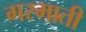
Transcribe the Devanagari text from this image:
गरमाती